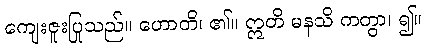
ကျေးဇူးပြုသည်။ ဟောတိ၊ ၏။ ဣတိ မနသိ ကတွာ၊ ၍။